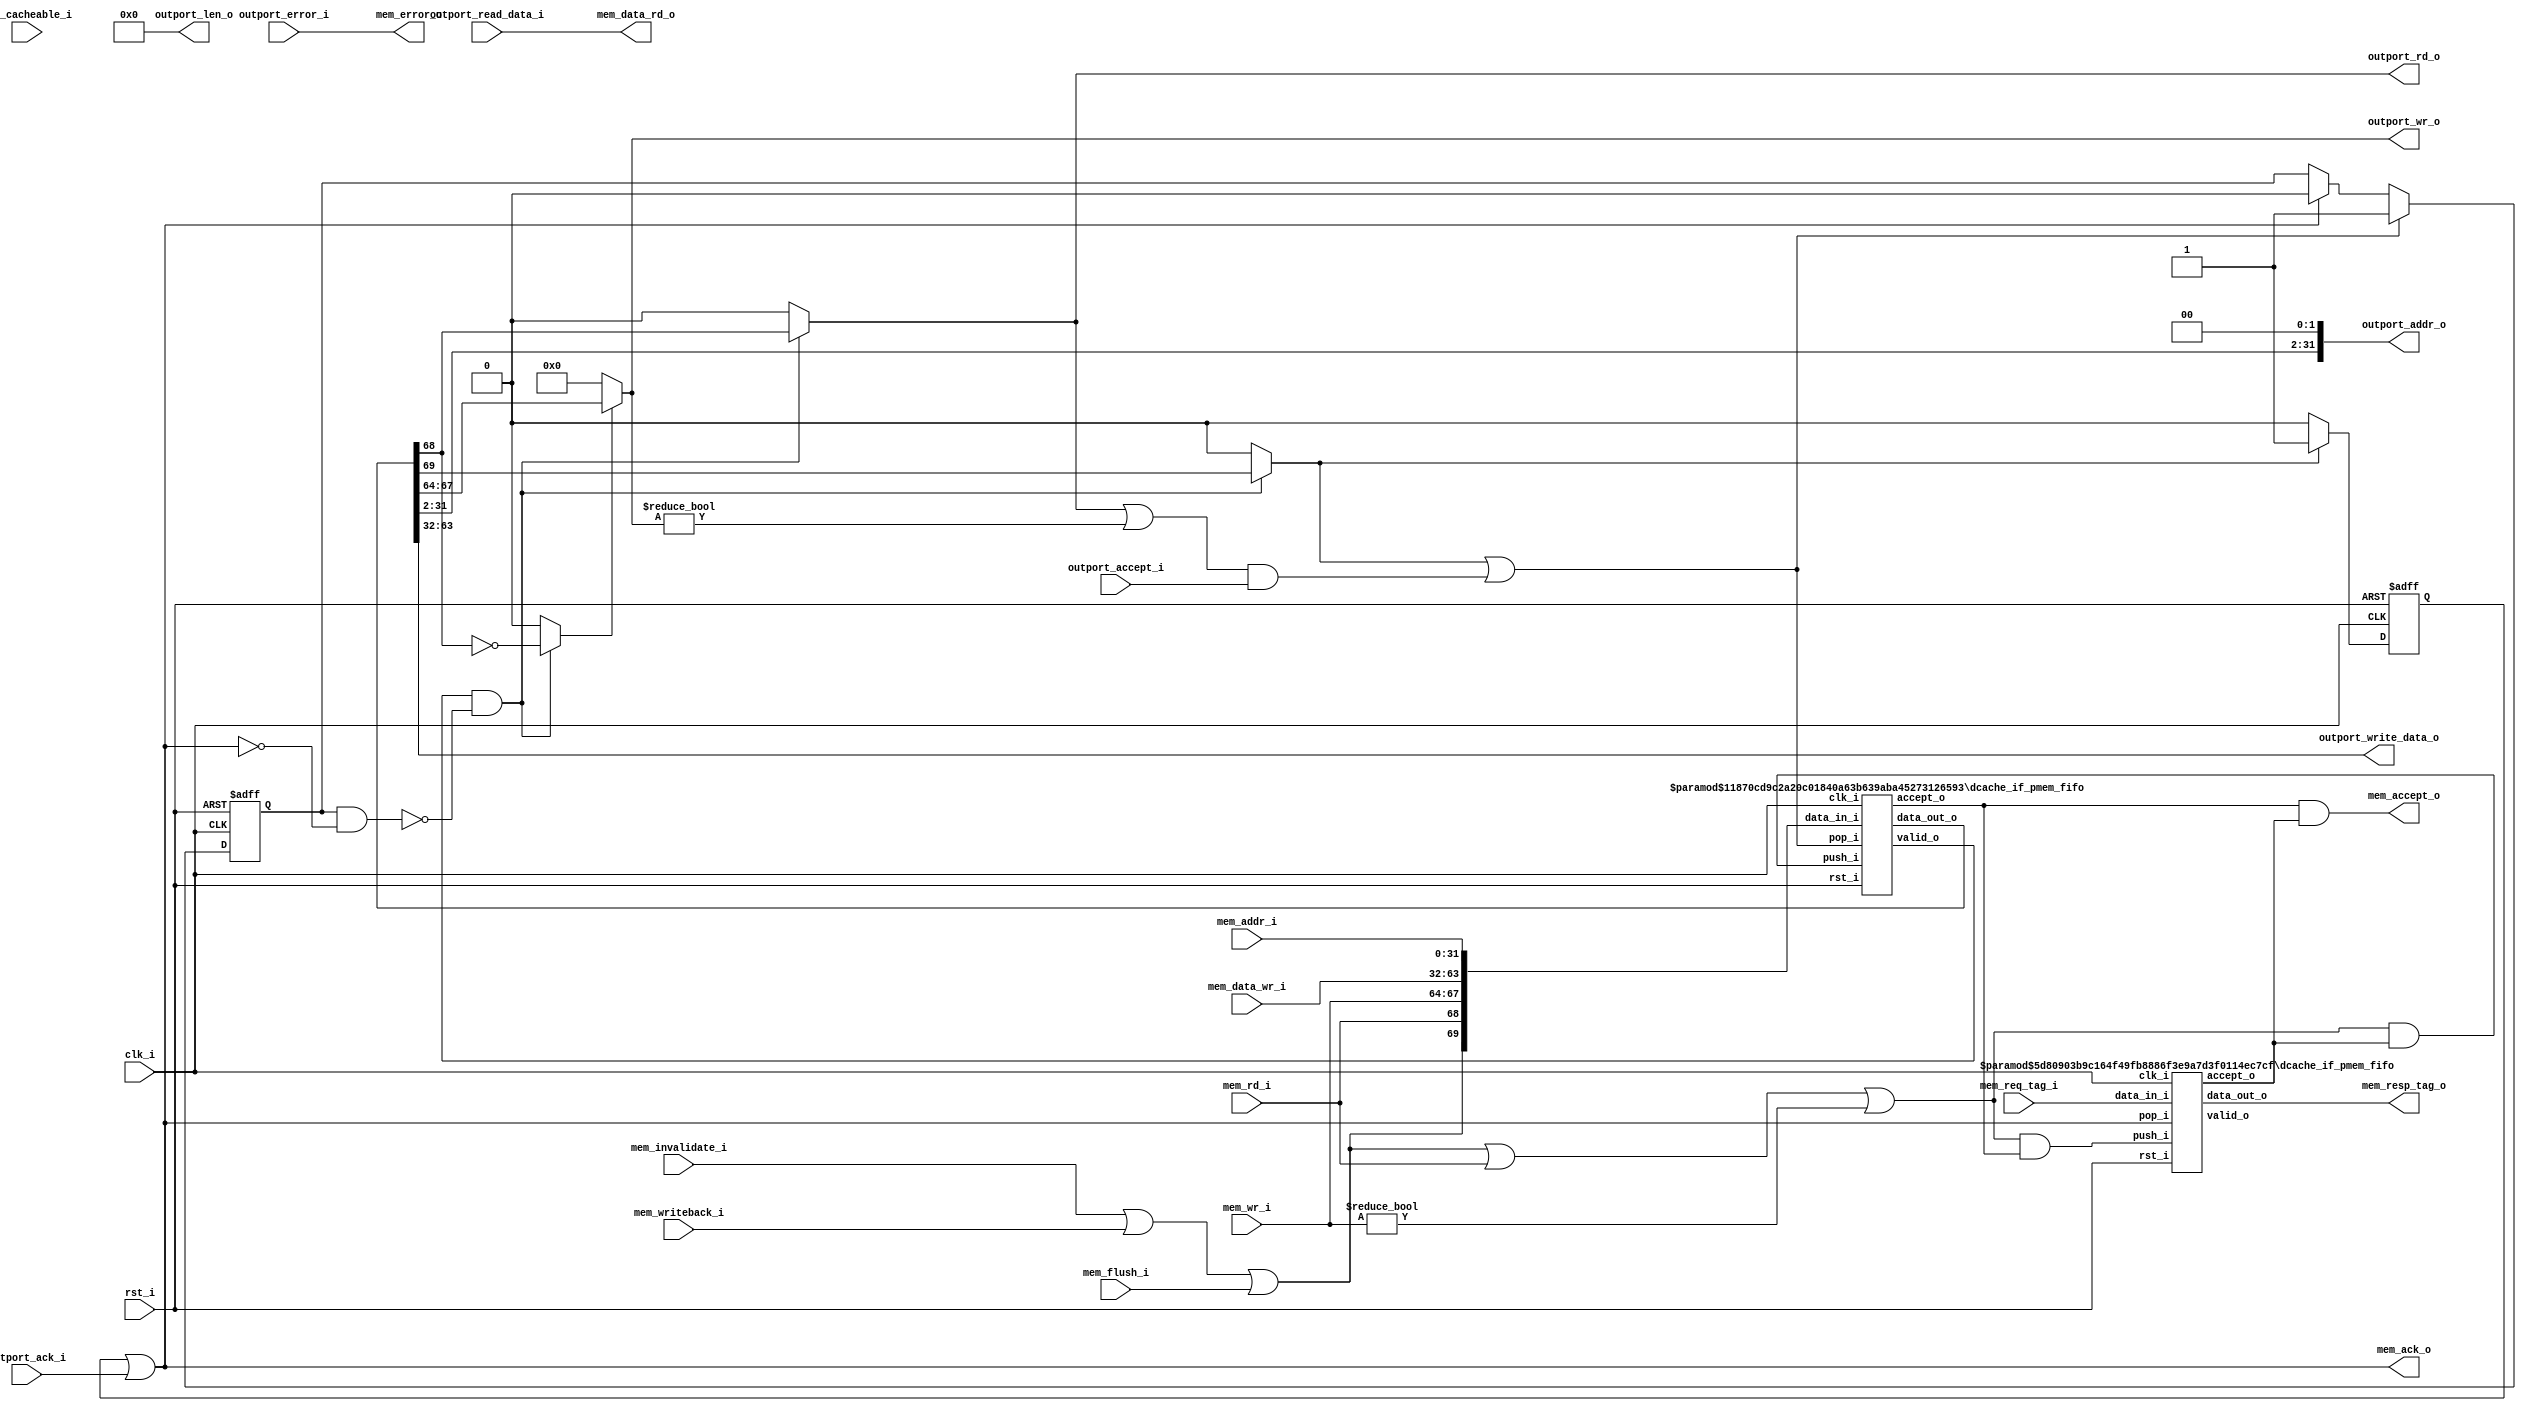
// This program was cloned from: https://github.com/ultraembedded/biriscv
// License: Apache License 2.0

//-----------------------------------------------------------------
//                         biRISC-V CPU
//                            V0.6.0
//                     Ultra-Embedded.com
//                     Copyright 2019-2020
//
//                   admin@ultra-embedded.com
//
//                     License: Apache 2.0
//-----------------------------------------------------------------
// Copyright 2020 Ultra-Embedded.com
// 
// Licensed under the Apache License, Version 2.0 (the "License");
// you may not use this file except in compliance with the License.
// You may obtain a copy of the License at
// 
//     http://www.apache.org/licenses/LICENSE-2.0
// 
// Unless required by applicable law or agreed to in writing, software
// distributed under the License is distributed on an "AS IS" BASIS,
// WITHOUT WARRANTIES OR CONDITIONS OF ANY KIND, either express or implied.
// See the License for the specific language governing permissions and
// limitations under the License.
//-----------------------------------------------------------------

module dcache_if_pmem
(
    // Inputs
     input           clk_i
    ,input           rst_i
    ,input  [ 31:0]  mem_addr_i
    ,input  [ 31:0]  mem_data_wr_i
    ,input           mem_rd_i
    ,input  [  3:0]  mem_wr_i
    ,input           mem_cacheable_i
    ,input  [ 10:0]  mem_req_tag_i
    ,input           mem_invalidate_i
    ,input           mem_writeback_i
    ,input           mem_flush_i
    ,input           outport_accept_i
    ,input           outport_ack_i
    ,input           outport_error_i
    ,input  [ 31:0]  outport_read_data_i

    // Outputs
    ,output [ 31:0]  mem_data_rd_o
    ,output          mem_accept_o
    ,output          mem_ack_o
    ,output          mem_error_o
    ,output [ 10:0]  mem_resp_tag_o
    ,output [  3:0]  outport_wr_o
    ,output          outport_rd_o
    ,output [  7:0]  outport_len_o
    ,output [ 31:0]  outport_addr_o
    ,output [ 31:0]  outport_write_data_o
);





//-------------------------------------------------------------
// Description:
// Bridges between dcache_if -> AXI4/AXI4-Lite.
// Allows 1 outstanding transaction, but can buffer upto 
// REQUEST_BUFFER dcache_if requests before back-pressuring.
//-------------------------------------------------------------

//-------------------------------------------------------------
// Request FIFO
//-------------------------------------------------------------
// Accepts from both FIFOs
wire          res_accept_w;
wire          req_accept_w;

// Output accept
wire          request_complete_w;

wire          req_pop_w   = request_complete_w;
wire          req_valid_w;
wire [70-1:0] req_w;

// Cache requests are dropped
// NOTE: Should not actually end up here if configured correctly.
wire          drop_req_w   = mem_invalidate_i || mem_writeback_i || mem_flush_i;
wire          request_w    = drop_req_w || mem_rd_i || mem_wr_i != 4'b0;

// Push on transaction and other FIFO not full
wire          req_push_w   = request_w && res_accept_w;

dcache_if_pmem_fifo
#( 
    .WIDTH(32+32+4+1+1),
    .DEPTH(2),
    .ADDR_W(1)
)
u_req
(
    .clk_i(clk_i),
    .rst_i(rst_i),

    // Input side
    .data_in_i({drop_req_w, mem_rd_i, mem_wr_i, mem_data_wr_i, mem_addr_i}),
    .push_i(req_push_w),
    .accept_o(req_accept_w),

    // Outputs
    .valid_o(req_valid_w),
    .data_out_o(req_w),
    .pop_i(req_pop_w)
);

assign mem_accept_o = req_accept_w & res_accept_w;

//-------------------------------------------------------------
// Response Tracking FIFO
//-------------------------------------------------------------
// Push on transaction and other FIFO not full
wire res_push_w = request_w && req_accept_w;

dcache_if_pmem_fifo
#( 
    .WIDTH(11),
    .DEPTH(2),
    .ADDR_W(1)
)
u_resp
(
    .clk_i(clk_i),
    .rst_i(rst_i),

    // Input side
    .data_in_i(mem_req_tag_i),
    .push_i(res_push_w),
    .accept_o(res_accept_w),

    // Outputs
    .valid_o(), // UNUSED
    .data_out_o(mem_resp_tag_o),
    .pop_i(mem_ack_o)
);

//-------------------------------------------------------------
// Request
//-------------------------------------------------------------
reg  request_pending_q;
wire request_in_progress_w  = request_pending_q & !mem_ack_o;

wire req_is_read_w          = ((req_valid_w & !request_in_progress_w) ? req_w[68] : 1'b0);
wire req_is_write_w         = ((req_valid_w & !request_in_progress_w) ? ~req_w[68] : 1'b0);
wire req_is_drop_w          = ((req_valid_w & !request_in_progress_w) ? req_w[69] : 1'b0);

assign outport_wr_o         = req_is_write_w ? req_w[67:64] : 4'b0;
assign outport_rd_o         = req_is_read_w;
assign outport_len_o        = 8'd0;
assign outport_addr_o       = {req_w[31:2], 2'b0};
assign outport_write_data_o = req_w[63:32];

assign request_complete_w   = req_is_drop_w || ((outport_rd_o || outport_wr_o != 4'b0) && outport_accept_i);

// Outstanding Request Tracking
always @ (posedge clk_i or posedge rst_i)
if (rst_i)
    request_pending_q <= 1'b0;
else if (request_complete_w)
    request_pending_q <= 1'b1;
else if (mem_ack_o)
    request_pending_q <= 1'b0;

//-------------------------------------------------------------
// Response
//-------------------------------------------------------------
reg dropped_q;

always @ (posedge clk_i or posedge rst_i)
if (rst_i)
    dropped_q <= 1'b0;
else if (req_is_drop_w)
    dropped_q <= 1'b1;
else
    dropped_q <= 1'b0;

assign mem_ack_o     = dropped_q || outport_ack_i;
assign mem_data_rd_o = outport_read_data_i;
assign mem_error_o   = outport_error_i;


endmodule

module dcache_if_pmem_fifo
//-----------------------------------------------------------------
// Params
//-----------------------------------------------------------------
#(
    parameter WIDTH   = 8,
    parameter DEPTH   = 4,
    parameter ADDR_W  = 2
)
//-----------------------------------------------------------------
// Ports
//-----------------------------------------------------------------
(
    // Inputs
     input               clk_i
    ,input               rst_i
    ,input  [WIDTH-1:0]  data_in_i
    ,input               push_i
    ,input               pop_i

    // Outputs
    ,output [WIDTH-1:0]  data_out_o
    ,output              accept_o
    ,output              valid_o
);

//-----------------------------------------------------------------
// Local Params
//-----------------------------------------------------------------
localparam COUNT_W = ADDR_W + 1;

//-----------------------------------------------------------------
// Registers
//-----------------------------------------------------------------
reg [WIDTH-1:0]   ram_q[DEPTH-1:0];
reg [ADDR_W-1:0]  rd_ptr_q;
reg [ADDR_W-1:0]  wr_ptr_q;
reg [COUNT_W-1:0] count_q;

//-----------------------------------------------------------------
// Sequential
//-----------------------------------------------------------------
always @ (posedge clk_i or posedge rst_i)
if (rst_i)
begin
    count_q   <= {(COUNT_W) {1'b0}};
    rd_ptr_q  <= {(ADDR_W) {1'b0}};
    wr_ptr_q  <= {(ADDR_W) {1'b0}};
end
else
begin
    // Push
    if (push_i & accept_o)
    begin
        ram_q[wr_ptr_q] <= data_in_i;
        wr_ptr_q        <= wr_ptr_q + 1;
    end

    // Pop
    if (pop_i & valid_o)
        rd_ptr_q      <= rd_ptr_q + 1;

    // Count up
    if ((push_i & accept_o) & ~(pop_i & valid_o))
        count_q <= count_q + 1;
    // Count down
    else if (~(push_i & accept_o) & (pop_i & valid_o))
        count_q <= count_q - 1;
end

//-------------------------------------------------------------------
// Combinatorial
//-------------------------------------------------------------------
/* verilator lint_off WIDTH */
assign valid_o       = (count_q != 0);
assign accept_o      = (count_q != DEPTH);
/* verilator lint_on WIDTH */

assign data_out_o    = ram_q[rd_ptr_q];



endmodule